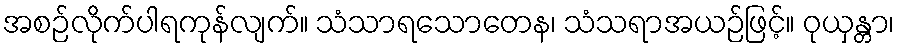
အစဉ်လိုက်ပါရကုန်လျက်။ သံသာရသောတေန၊ သံသရာအယဉ်ဖြင့်။ ဝုယှန္တာ၊